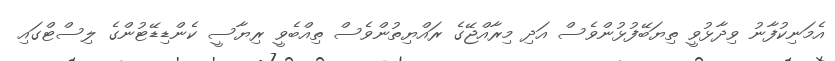
އެމަނިކުފާނު ވިދާޅުވީ ތިޔަބޭފުޅުންވެސް އަދި މިރާއްޖޭގެ ރައްޔިތުންވެސް ތިއްބެވީ ރިޔާސީ ކެންޑިޑޭޓުންގެ ލިސްޓްގައި